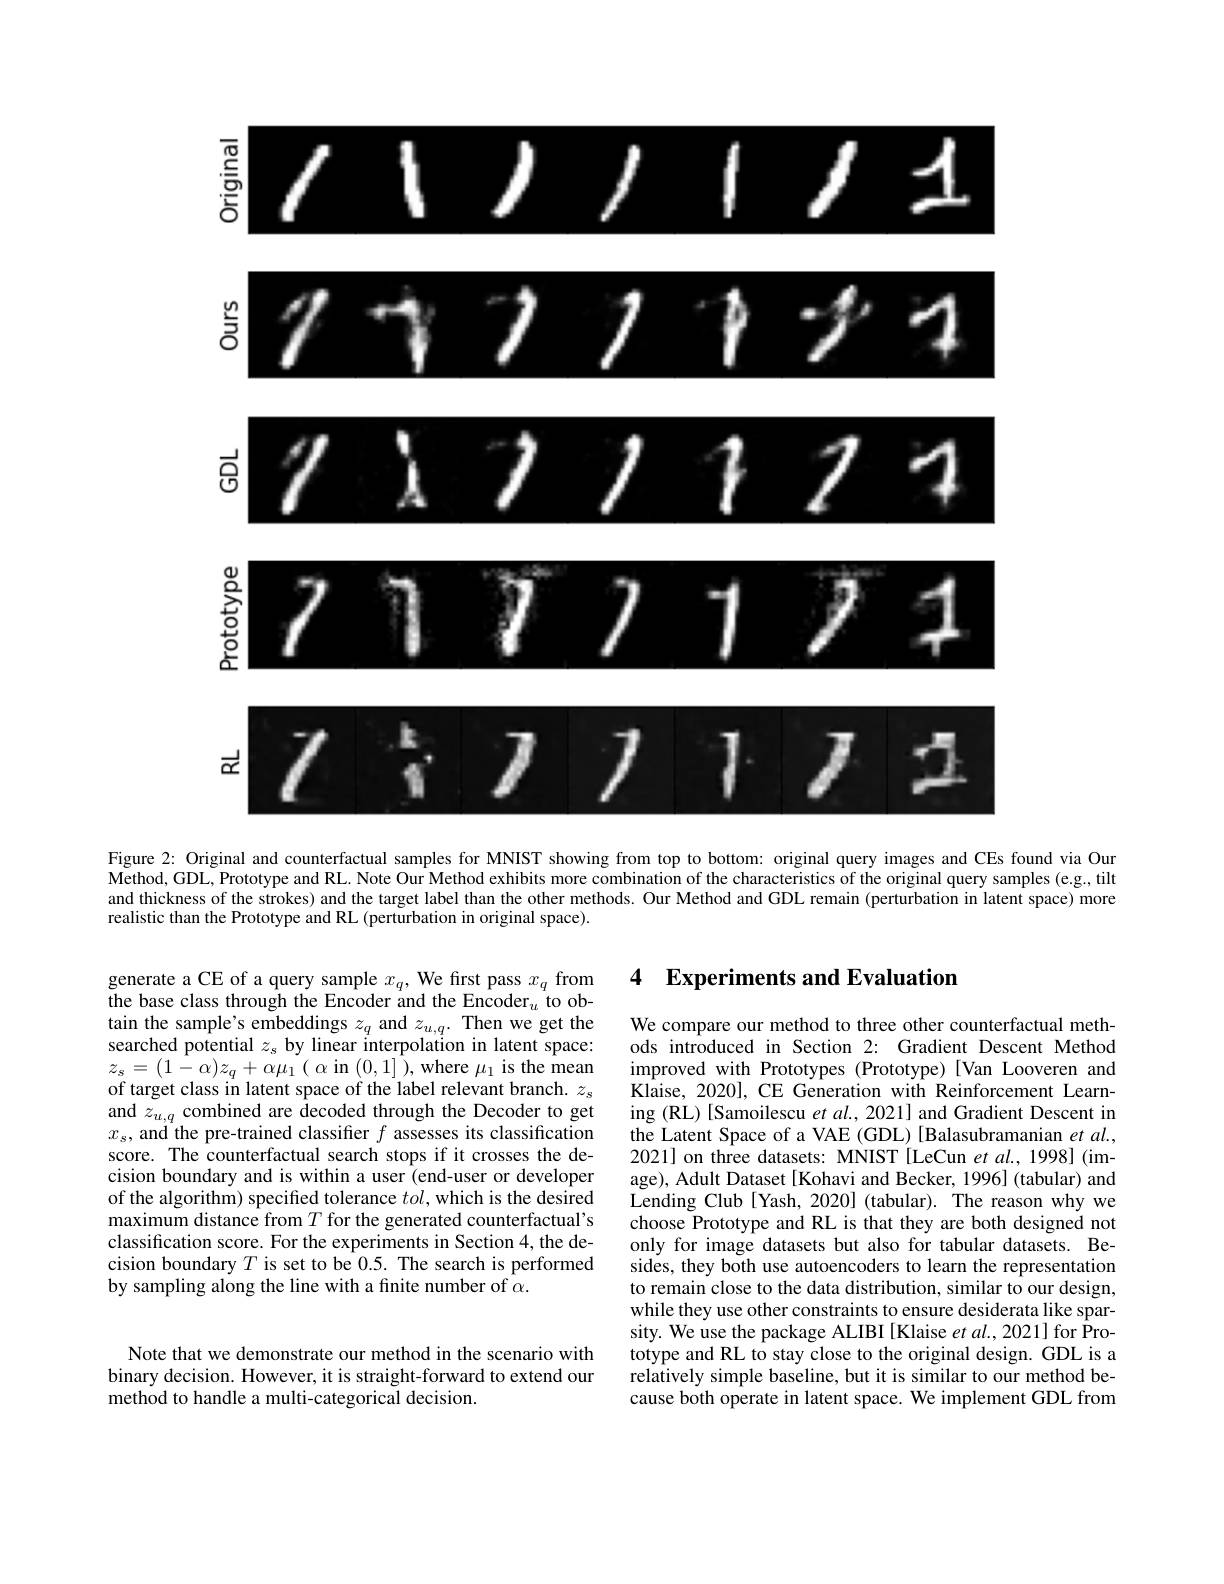
<FigureHere>

Figure 2: Original and counterfactual samples for MNIST showing from top to bottom: original query images and CEs found via Our $\mathbf{Method,GDL,Prototype~and~RL.~Note~Our~Method~exhibits~more~combination~of~the~characteristics~of~the~original~query~samples~(e.g,tilt)~}$ and thickness of the strokes) and the target label than the other methods. Our Method and GDL remain (perturbation in latent space) more realistic than the Prototype and RL (perturbation in original space).

### 4 Experiments and Evaluation

generate a CE of a query sample $x_q$, We first pass $x_q$ from the base class through the Encoder and the Encoder$_u$ to obtain the sample's embeddings $z_q$ and $z_u,q.$ Then we get the searched potential $z_\mathrm{s}$ by linear interpolation in latent space: $z_{s}=(1-\alpha)z_{q}+\alpha\mu_{1}\left(\begin{array}{c}{\alpha\text{ in }(0,1]}\end{array}\right)$,where $\mu_{1}$ is the mean of target class in latent space of the label relevant branch. $z_s$ and $z_{u,q}$ combined are decoded through the Decoder to get $x_s$, and the pre-trained classifier $f$ assesses its classification score. The counterfactual search stops if it crosses the decision boundary and is within a user (end-user or developer of the algorithm) specified tolerance $tol$,which is the desired maximum distance from $T$ for the generated counterfactual's classification score. For the experiments in Section 4, the decision boundary $T$ is set to be 0.5. The search is performed by sampling along the line with a finite number of $\alpha.$

We compare our method to three other counterfactual methods introduced in Section 2: Gradient Descent Method improved with Prototypes (Prototype)[Van Looveren and Klaise, 2020], CE Generation with Reinforcement Learning (RL) [Samoilescu et al., 2021] and Gradient Descent in the Latent Space of a VAE (GDL) [Balasubramanian et al., 2021] on three datasets: MNIST [LeCun et al., 1998] (image), Adult Dataset[Kohavi and Becker, 1996] (tabular) and Lending Club[Yash, 2020] (tabular). The reason why we choose Prototype and RL is that they are both designed not only for image datasets but also for tabular datasets. Besides, they both use autoencoders to learn the representation to remain close to the data distribution, similar to our design, while they use other constraints to ensure desiderata like sparsity. We use the package ALIBI [Klaise $etal.,2021]$ for Prototype and RL to stay close to the original design. GDL is a relatively simple baseline, but it is similar to our method because both operate in latent space. We implement GDL from

Note that we demonstrate our method in the scenario with binary decision. However, it is straight-forward to extend our method to handle a multi-categorical decision.